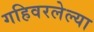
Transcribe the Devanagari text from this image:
गहिवरलेल्या